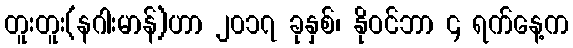
တူးတူး(နဂါးမာန်)ဟာ ၂၀၁၇ ခုနှစ်၊ နိုဝင်ဘာ ၄ ရက်နေ့က